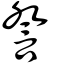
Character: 詧